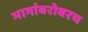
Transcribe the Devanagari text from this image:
भागांबरोबरच